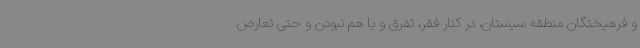
و فرهیختگان منطقه سیستان، در کنار فقر، تفرق و با هم نبودن و حتی تعارض